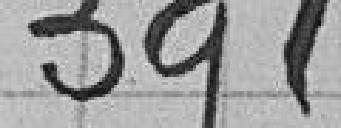
391